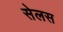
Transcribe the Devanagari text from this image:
सेलस